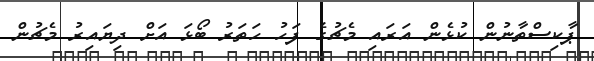
ޕާކިސްތާނުން ކުޅެން އަރައި މެޗުގެ ފަހު ހަތަރު ބޯޅަ އަށް ދިޔައިރު މެޗުން